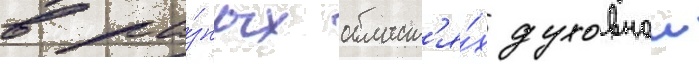
в ра́зных област'я́х духовнои